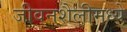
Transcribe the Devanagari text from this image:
जीवनशैलीमध्ये